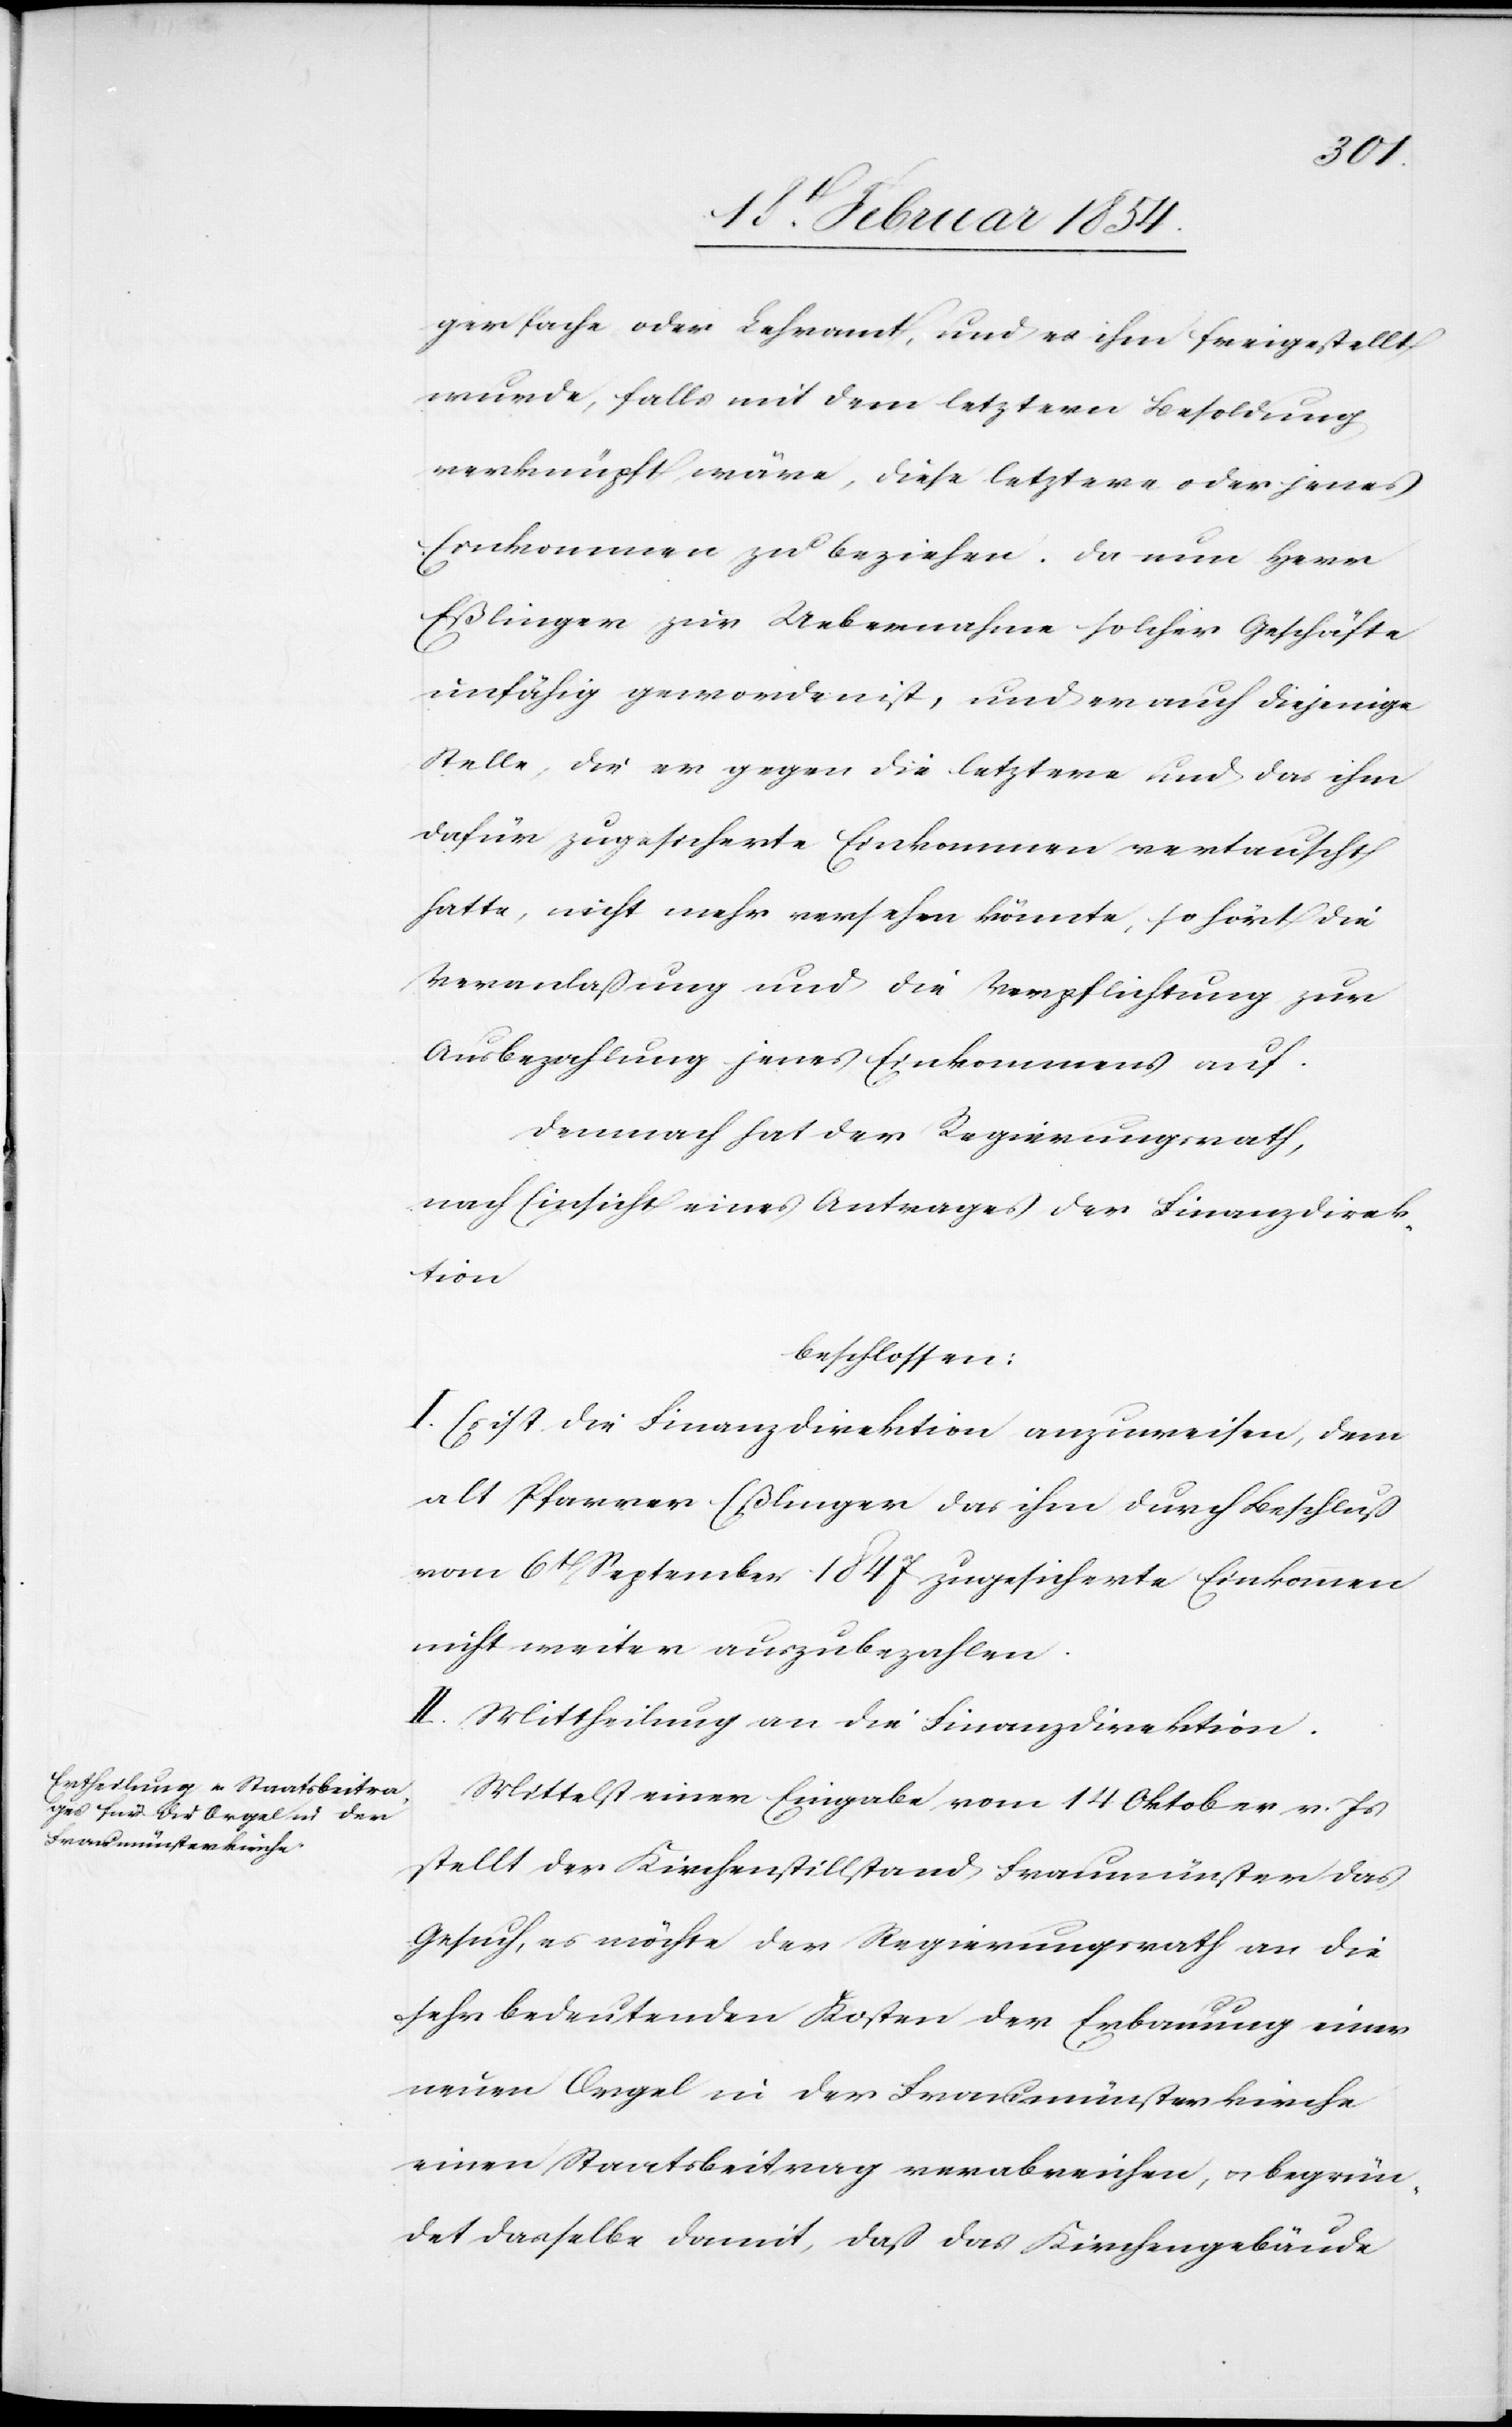
gersachen oder Lehramt, und es ihm freigestellt
wurde, falls mit dem letztern Besoldung
verknüpft wäre, diese letztere oder jenes
Einkommen zu beziehen. Da nun Herr
Eßlinger zur Uebernahme solcher Geschäfte
unfähig geworden ist, und er auch diejenige
Stelle, die er gegen die letztere und das ihm
dafür zugesicherte Einkommen vertauscht
hatte, nicht mehr verstehen könnte, so hört die
Veranlaßung und die Verpflichtung zur
Ausbezahlung jenes Einkommens auf.
Demnach hat der Regierungsrath,
nach Einsicht eines Antrages der Finanzdirek¬
tion
beschlossen:
I. Es ist die Finanzdirektion anzuweisen, dem
alt Pfarrer Eßlinger das ihm durch Beschluß
vom 6t September 1847 zugesicherte Einkommen
nicht weiter auszubezahlen.
II. Mittheilung an die Finanzdirektion.
Mittelst einer Eingabe vom 14 Oktober v. Js
stellt der Kirchenstillstand Fraumünster das
Gesuch, es möchte der Regierungsrath an die
sehr bedeutenden Kosten der Erbauung einer
neuen Orgeln in der Fraumünsterkirche
einen Staatsbeitrag verabreichen, u. begrün¬
det dasselbe damit, daß das Kirchengebäude